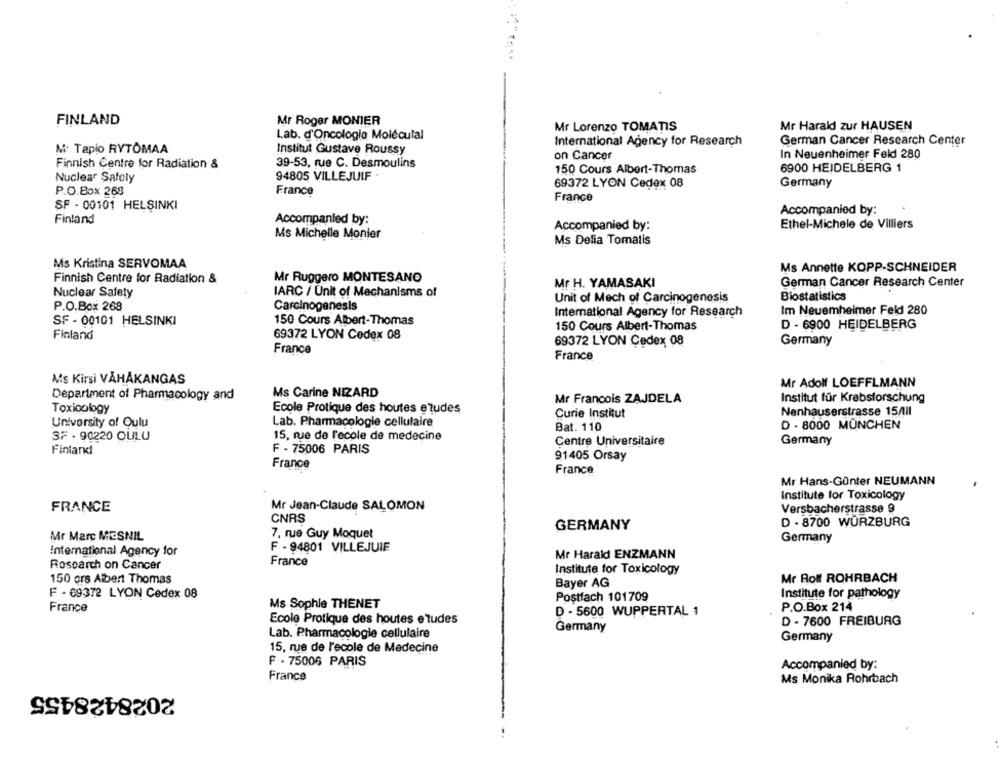
FINLAND
Mr Roger MONIER
Mr Lorenzo TOMATIS
Mr Harald zur HAUSEN
Lab. d'Oncologia Moléculal
International Agency for Research
German Cancer Research Center
M: Tapio RYTOMAA
Institut Gustave Roussy
on Cancer
In Neuenheimer Feld 280
Finnish Centre for Radiation &
39-53, rue C. Desmoulins
150 Cours Albert-Thomas
6900 HEIDELBERG 1
94805 VILLEJUIF
Nuclear Safety
69372 LYON Cedex 08
Germany
P.O.Box 268
France
France
SF - 00101 HELSINKI
Accompanied by:
Finland
Accompanied by:
Accompanied by:
Ethel-Michele de Villiers
Ms Michelle Monier
Ms Delia Tomatis
Ms Kristina SERVOMAA
Ms Annette KOPP-SCHNEIDER
Finnish Centre for Radiation &
Mr Ruggero MONTESANO
Mr H. YAMASAKI
German Cancer Research Center
Nuclear Safety
IARC / Unit of Mechanisms of
Unit of Mech of Carcinogenesis
Biostatistics
P.O.Box 268
Carcinogenesis
International Agency for Research
Im Neuemheimer Feld 280
SF - 00101 HELSINKI
150 Cours Albert-Thomas
150 Cours Albert-Thomas
D - 6900 HEIDELBERG
Finland
69372 LYON Cedex 08
69372 LYON Cedex 08
Germany
France
France
As Kirsi VÄHÅKANGAS
Mr Adolf LOEFFLMANN
Department of Pharmacology and
Ms Carine NIZARD
Institut für Krebsforschung
Mr Francois ZAJDELA
Toxicology
Ecole Protique des houtes e tudes
Nenhauserstrasse 15All
Curie Institut
University of Oulu
Lab. Pharmacologie cellulaire
Bat. 110
D - 8000 MÜNCHEN
3F - 90220 OULU
15, rue de l'ecole de medecine
Centre Universitaire
Germany
Finland
F - 75006 PARIS
91405 Orsay
France
France
Mr Hans-Günter NEUMANN
Institute for Toxicology
FRANCE
Mr Jean-Claude SALOMON
Versbacherstrasse 9
CNRS
GERMANY
D - 8700 WÜRZBURG
7, rue Guy Moquet
Mr Marc MESNIL
Germany
F - 94801 VILLEJUIF
International Agency for
Mr Harald ENZMANN
Research on Cancer
France
Institute for Toxicology
150 ors Albert Thomas
Mr Roll ROHRBACH
Bayer AG
F - 69372 LYON Cedex 08
Institute for pathology
Postfach 101709
France
Ms Sophie THENET
D - 5600 WUPPERTAL 1
P.O.Box 214
Ecole Protique des houtes e'tudes
D - 7600 FREIBURG
Lab. Pharmacologie cellulaire
Germany
Germany
15, rue de l'ecole de Medecine
F - 75006 PARIS
Accompanied by:
France
Ms Monika Rohrbach
2028428455